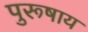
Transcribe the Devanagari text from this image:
पुरूषाय